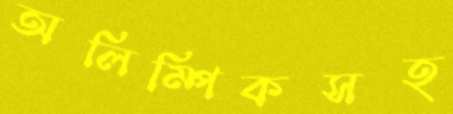
অলিম্পিকসহ